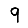
Digit: 9